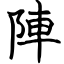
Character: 陣